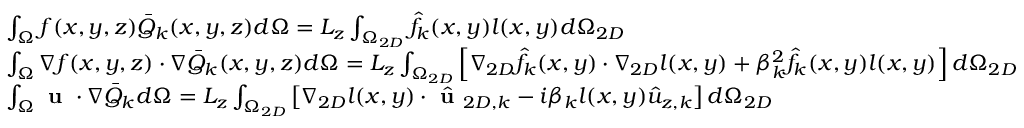
\begin{array} { r l } & { \int _ { \Omega } f ( x , y , z ) \bar { Q } _ { k } ( x , y , z ) d \Omega = L _ { z } \int _ { \Omega _ { 2 D } } \hat { f } _ { k } ( x , y ) l ( x , y ) d \Omega _ { 2 D } } \\ & { \int _ { \Omega } \nabla f ( x , y , z ) \cdot \nabla \bar { Q } _ { k } ( x , y , z ) d \Omega = L _ { z } \int _ { \Omega _ { 2 D } } \left[ \nabla _ { 2 D } \hat { f } _ { k } ( x , y ) \cdot \nabla _ { 2 D } l ( x , y ) + \beta _ { k } ^ { 2 } \hat { f } _ { k } ( x , y ) l ( x , y ) \right] d \Omega _ { 2 D } } \\ & { \int _ { \Omega } \textbf { u } \cdot \nabla \bar { Q } _ { k } d \Omega = L _ { z } \int _ { \Omega _ { 2 D } } \left[ \nabla _ { 2 D } l ( x , y ) \cdot \hat { \textbf { u } } _ { 2 D , k } - i \beta _ { k } l ( x , y ) \hat { u } _ { z , k } \right] d \Omega _ { 2 D } } \end{array}